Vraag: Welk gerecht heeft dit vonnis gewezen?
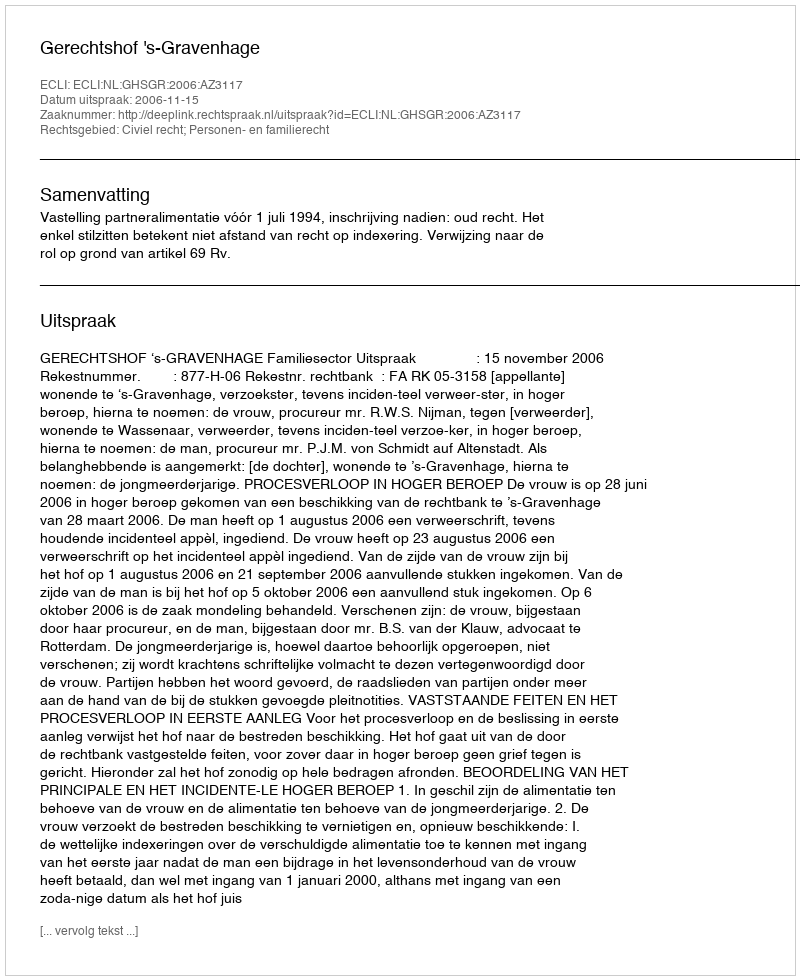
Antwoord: Gerechtshof 's-Gravenhage